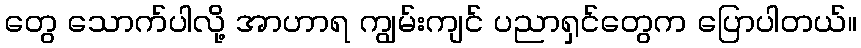
တွေ သောက်ပါလို့ အာဟာရ ကျွမ်းကျင် ပညာရှင်တွေက ပြောပါတယ်။